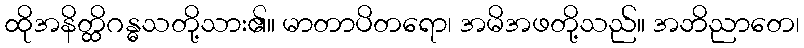
ထိုအနိတ္ထိဂန္ဓသတို့သား၏။ မာတာပိတရော၊ အမိအဖတို့သည်။ အဘိညာတေ၊